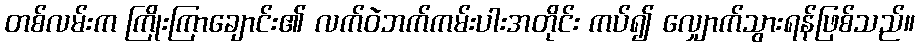
တစ်လမ်းက ကြိုးကြာချောင်း၏ လက်ဝဲဘက်ကမ်းပါးအတိုင်း ကပ်၍ လျှောက်သွားရန်ဖြစ်သည်။